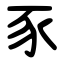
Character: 豕